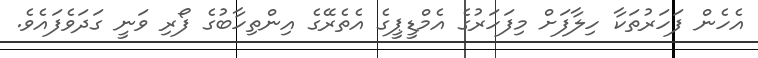
އެހެން ފަހަރުތަކާ ހިލާފަށް މިފަހަރުގެ އެމްޑީޕީގެ އެތެރޭގެ އިންތިހާބުގެ ފޯރި ވަނީ ގަދަވެފައެވެ.